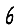
Digit: 6